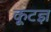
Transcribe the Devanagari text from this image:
कूटज्ञ